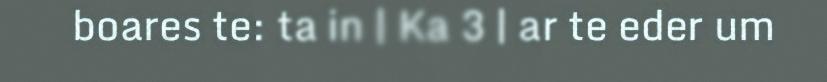
boares te: ta in | Ka 3 | ar te eder um